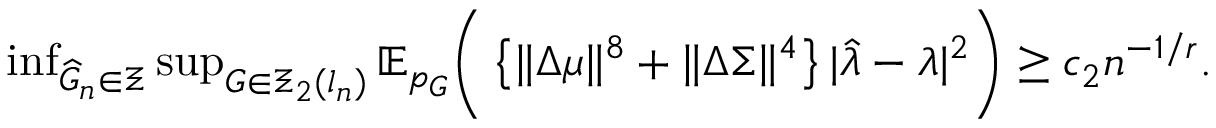
\begin{array} { r } { \operatorname* { i n f } _ { \widehat { G } _ { n } \in \Xi } \operatorname* { s u p } _ { G \in \Xi _ { 2 } ( l _ { n } ) } \mathbb { E } _ { p _ { G } } \biggr ( \left\{ \| \Delta \mu \| ^ { 8 } + \| \Delta \Sigma \| ^ { 4 } \right\} | \widehat { \lambda } - \lambda | ^ { 2 } \biggr ) \geq c _ { 2 } n ^ { - 1 / r } . } \end{array}